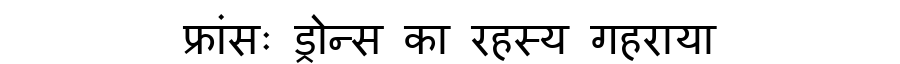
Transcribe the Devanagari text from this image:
फ्रांसः ड्रोन्स का रहस्य गहराया